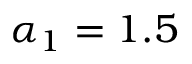
\alpha _ { 1 } = 1 . 5